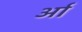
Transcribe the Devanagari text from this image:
र्आ